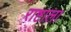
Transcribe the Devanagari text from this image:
राष्टाला